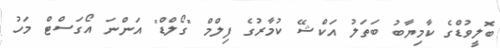
ބޮލީވުޑްގެ ކާމިޔާބު ބަތަލު އަކްޝޭ ކުމާރުގެ ފިލްމް "ގޯލްޑް" އަންނަ އޯގަސްޓް މަހު